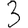
Digit: 3